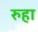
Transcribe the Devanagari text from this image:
रुहा